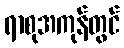
ရာစုအကုန်တွင်